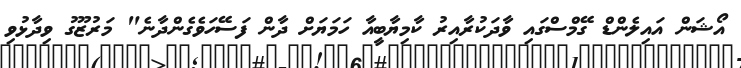
އޯޝަން އައިލެންޑް ގޭމްސްގައި ވާދަކުރާއިރު ކާމިޔާބީއާ ހަމަޔަށް ދާން ފަސޭހަވެގެންދާނެ" މަރުޒޫގު ވިދާޅުވި